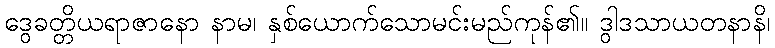
ဒွေခတ္တိယရာဇာနော နာမ၊ နှစ်ယောက်သောမင်းမည်ကုန်၏။ ဒွါဒသာယတနာနိ၊